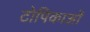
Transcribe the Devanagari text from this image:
टोपिकाओं